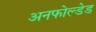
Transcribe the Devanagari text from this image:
अनफोल्डेड